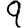
Digit: 9